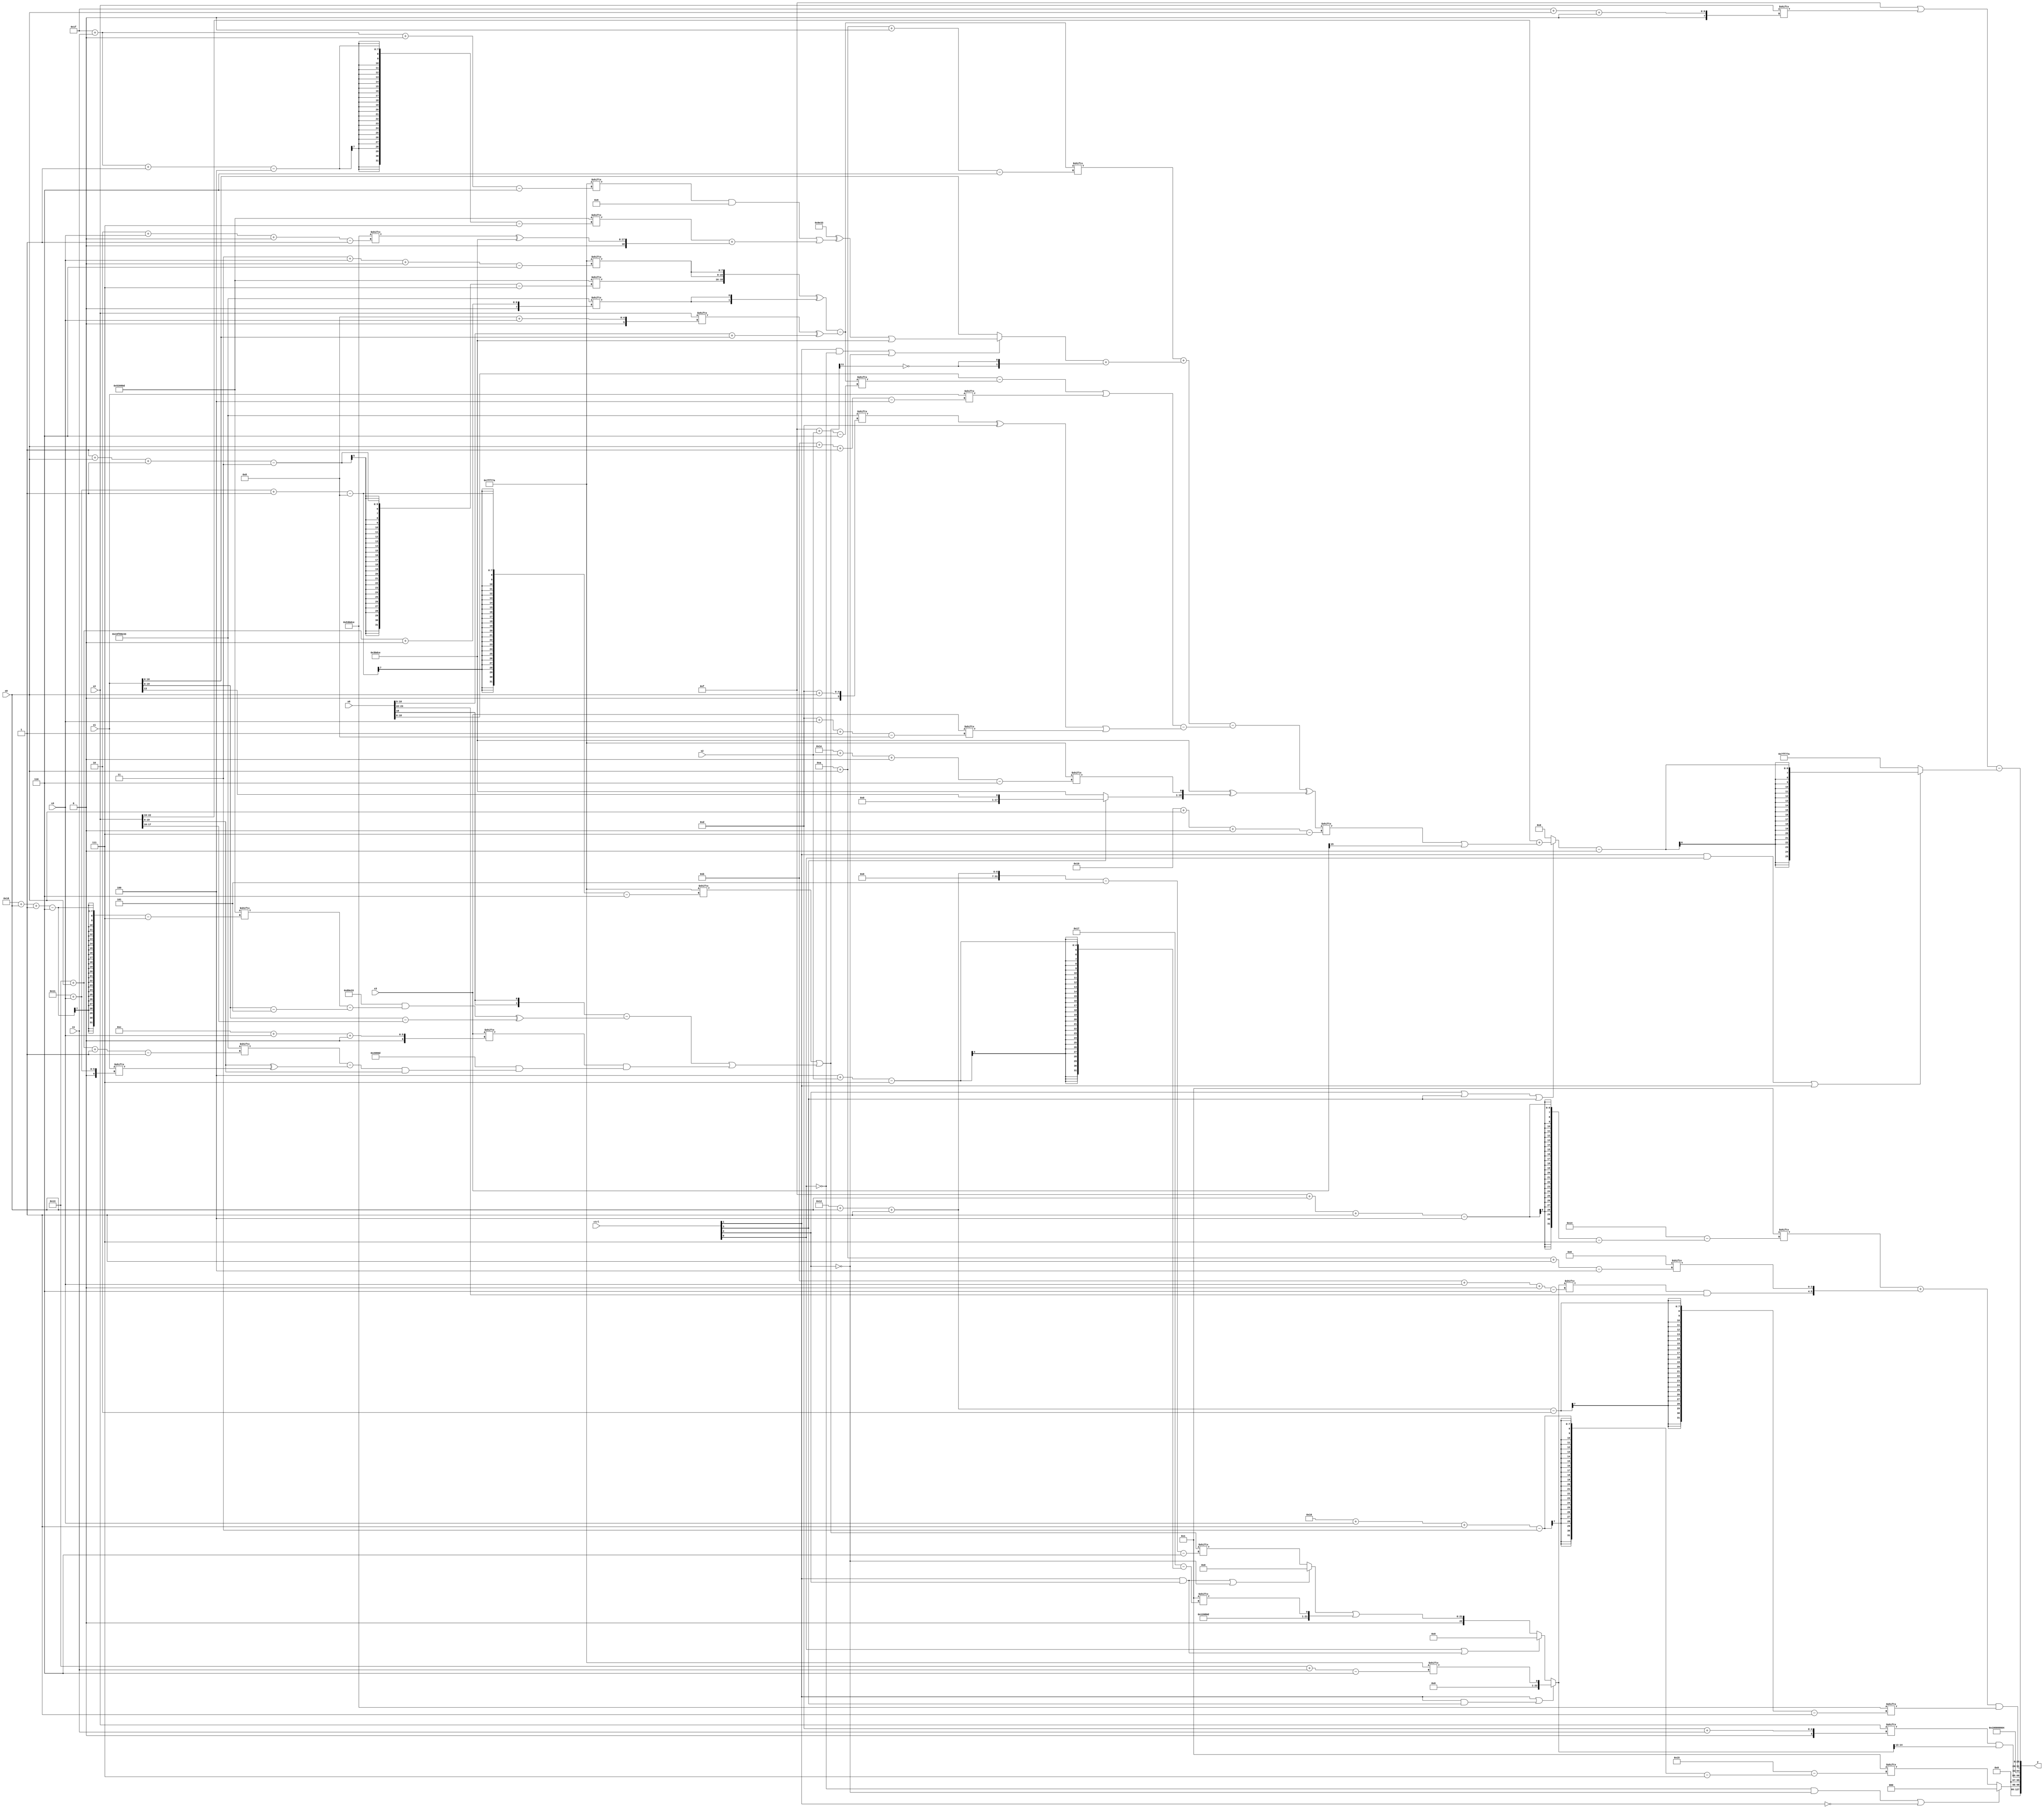
module partsel_00833(ctrl, s0, s1, s2, s3, x0, x1, x2, x3, y);
  input [3:0] ctrl;
  input [2:0] s0;
  input [2:0] s1;
  input [2:0] s2;
  input [2:0] s3;
  input [31:0] x0;
  input signed [31:0] x1;
  input [31:0] x2;
  input signed [31:0] x3;
  wire [25:6] x4;
  wire signed [28:0] x5;
  wire signed [29:5] x6;
  wire [30:3] x7;
  wire [24:6] x8;
  wire [31:0] x9;
  wire [25:7] x10;
  wire [29:4] x11;
  wire [7:29] x12;
  wire signed [7:30] x13;
  wire [28:6] x14;
  wire signed [3:25] x15;
  output [127:0] y;
  wire signed [31:0] y0;
  wire signed [31:0] y1;
  wire signed [31:0] y2;
  wire signed [31:0] y3;
  assign y = {y0,y1,y2,y3};
  localparam signed [31:7] p0 = 609355789;
  localparam [24:1] p1 = 290700750;
  localparam signed [28:6] p2 = 184547194;
  localparam [28:0] p3 = 435723827;
  assign x4 = (p2[17 + s3 -: 8] | (({2{x0[18]}} - ({2{(p3 & (p0[24 + s0 -: 6] - (x1 - p2[14 -: 3])))}} ^ (x1 - x2[16 +: 2]))) | (x3[12 + s3 +: 5] & (p0 & ((p3[19 + s0 -: 1] - (x2 ^ x1[17 + s3])) & x2)))));
  assign x5 = p1[14 + s3 -: 4];
  assign x6 = x0[23 -: 2];
  assign x7 = ((p2[31 + s1 +: 5] & p3[12 +: 4]) | (p0[31 + s1 -: 4] + {p2, (p1[2 + s3 +: 4] ^ {2{p1}})}));
  assign x8 = (({p0[1 + s0 -: 3], {2{p2[3 + s3 +: 8]}}} ^ {2{p3[19 + s0 +: 1]}}) - (x2[8 + s3] ^ (x0[9 +: 2] + {(p1[30 + s0 -: 5] + x3), x1})));
  assign x9 = p1[20 -: 1];
  assign x10 = (((x8[10 + s0 +: 7] + ((ctrl[1] && !ctrl[0] || !ctrl[2] ? ((p3 ^ x7) | p1) : x1) + {2{(p0[9] ^ x4[17 -: 1])}})) - {2{(((x0 - (p1[15] ^ x8[15 + s2])) | x1[11 + s0 -: 4]) - ((p3[13 + s0] ^ p1[12 -: 4]) | x3[13 + s3 -: 8]))}}) ^ {2{(p1 ^ {(ctrl[3] || ctrl[3] || ctrl[3] ? x1[13 -: 1] : p1), p2[30 + s2 +: 1]})}});
  assign x11 = x6[17 + s0];
  assign x12 = p1;
  assign x13 = p2[11 +: 1];
  assign x14 = (ctrl[1] || ctrl[1] && ctrl[3] ? p2[19 + s1] : {p3[14 +: 1], (ctrl[0] || ctrl[1] && ctrl[2] ? {2{{p2[19 -: 1], x9}}} : ((ctrl[1] && ctrl[2] || !ctrl[2] ? p0[21 -: 3] : x4[18 + s0 -: 5]) | {p0, x13[4 + s2]}))});
  assign x15 = x7[25 + s3 -: 6];
  assign y0 = (!ctrl[0] && !ctrl[2] || !ctrl[1] ? x5[19] : x13[22 + s3 -: 3]);
  assign y1 = {(x2[13 + s1] & x14[20 -: 2]), p2[16 -: 1]};
  assign y2 = (p1 & (p0 ^ {2{((p3[22 -: 3] ^ p0) & p0)}}));
  assign y3 = {(({2{{x11[13 -: 4], x13[15 + s0 -: 4]}}} + {(x14[11 + s3 +: 7] & x6), x9[10 + s0 -: 4]}) & p1[18 + s0 -: 2]), ((p3[22 -: 4] | x2[31 + s0 +: 8]) - (ctrl[1] && ctrl[0] || ctrl[1] ? ((ctrl[2] || ctrl[3] || ctrl[3] ? (x2[19 +: 4] + (x10[16 + s0 +: 5] | x3[15])) : p0[8]) - (p0[13 +: 1] & x11)) : p2))};
endmodule